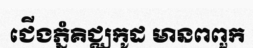
ជើងភ្នំគិជ្ឈកូដ មានពពួក